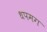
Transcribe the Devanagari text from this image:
धपमग